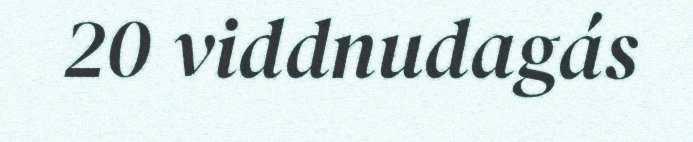
20 viddnudagás